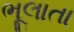
ભૂલાતા